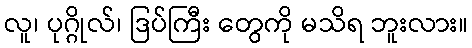
လူ၊ ပုဂ္ဂိုလ်၊ ဒြပ်ကြီး တွေကို မသိရ ဘူးလား။